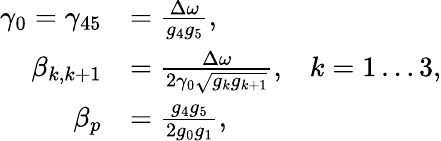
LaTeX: \begin{array}{rl}{\gamma_{0}=\gamma_{45}}&{=\frac{\Delta\omega}{g_{4}g_{5}},}\\ {\beta_{k,k+1}}&{=\frac{\Delta\omega}{2\gamma_{0}\sqrt{g_{k}g_{k+1}}},\; \; \; k=1\dots 3,}\\ {\beta_{p}}&{=\frac{g_{4}g_{5}}{2g_{0}g_{1}},}\end{array}